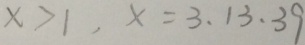
x > 1 , x = 3 , 1 3 , 3 9